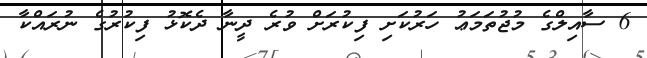
6 ސާއިލްގެ މުޖުތަމަޢު ހަރުކަށި ފިކުރަށް ވުރެ ދީނާ ދެކޮޅު ފިކުރުގެ ނުރައްކާ